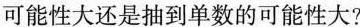
可能性大还是抽到单数的可能性大?